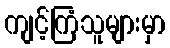
ကျင့်ကြံသူများမှာ